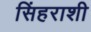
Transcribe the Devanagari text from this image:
सिंहराशी